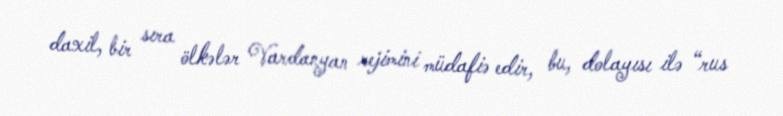
daxil, bir sıra ölkələr Vardanyan rejimini müdafiə edir, bu, dolayısı ilə “rus